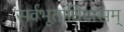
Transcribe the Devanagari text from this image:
सर्वभूताधिवासम्